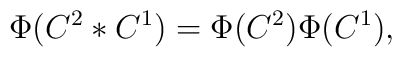
\Phi(C^2*C^1) = \Phi(C^2) \Phi(C^1),